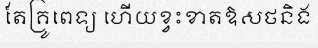
តែគ្រូពេទ្យ ហើយខ្វះខាតឱសថនិង